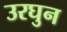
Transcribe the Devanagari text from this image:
उरघुन